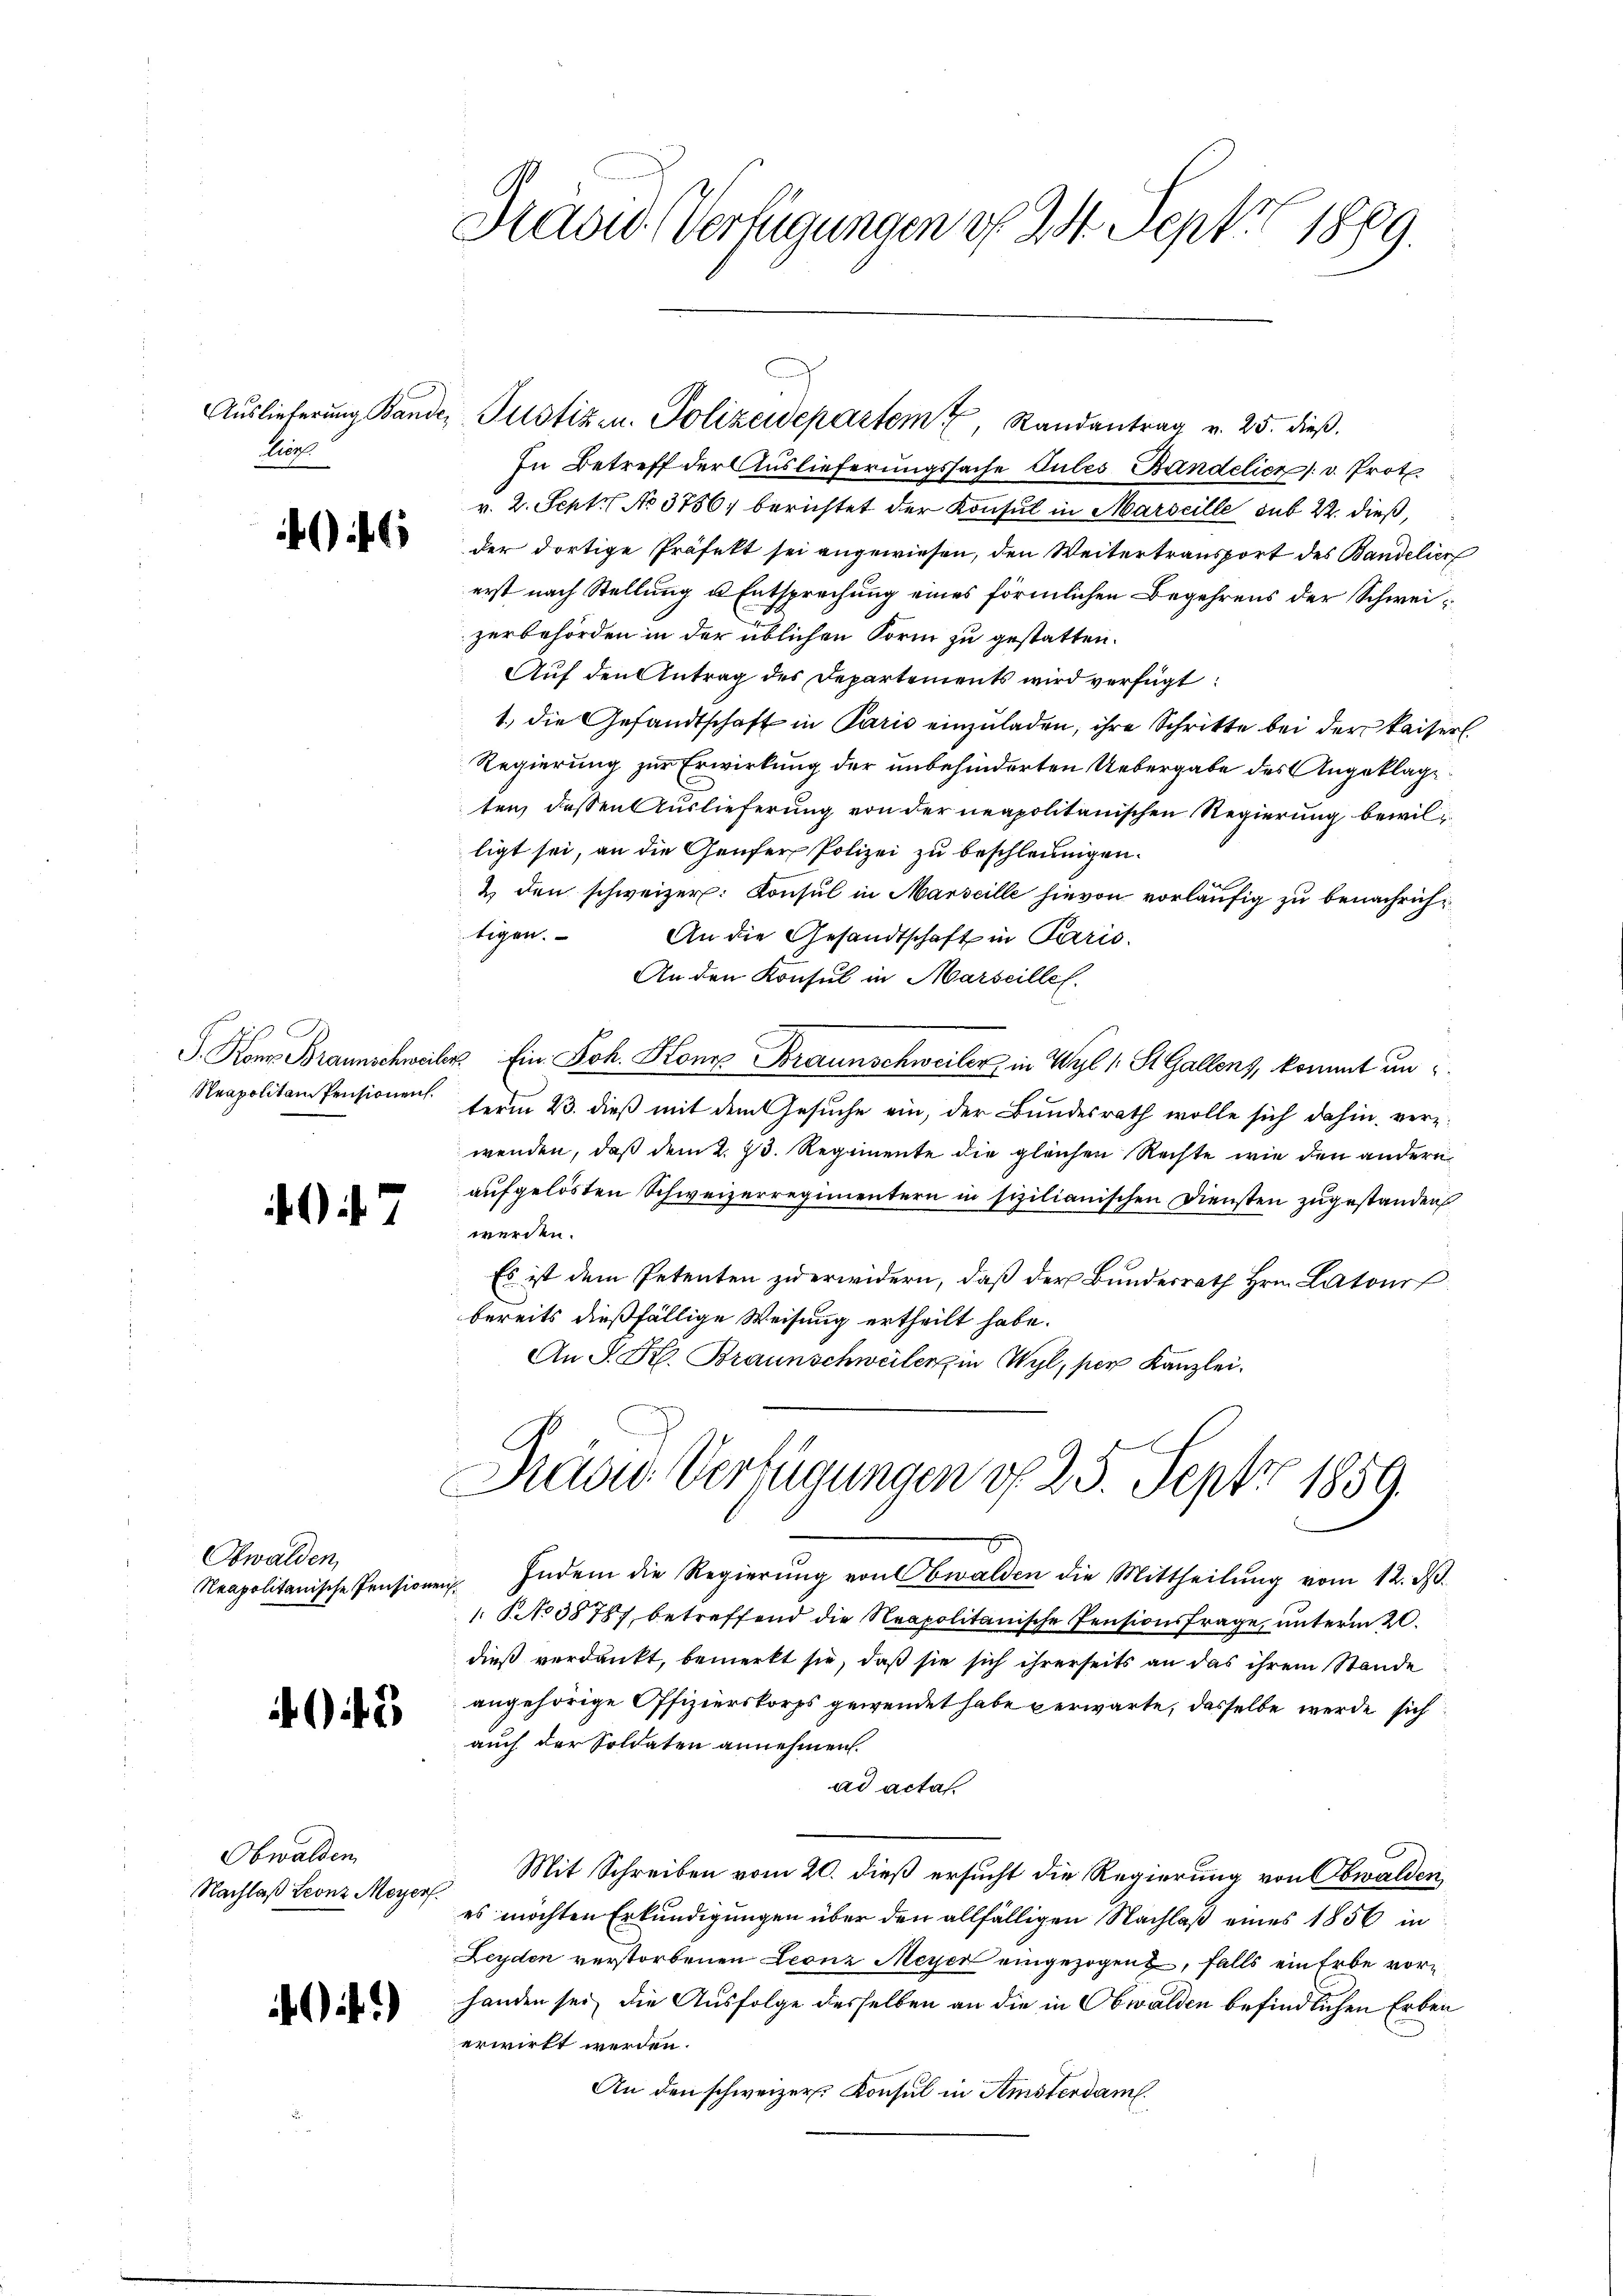
Ziegl

6

S. Konr. Braunschwei
Neapolitain Pensionen.

7

Obwalden,

45

Obwalden
Nachlaß Leonz Meyerf.

)

Dravid (Verfügungen v. 24. Sept. 1889.

In Betreff der Auslieferungssache Gutes Bandelich v. Prot
v. 2. Sept No 3756. berichtet der Konsul in Marseille sub 22. dieß,
der dortige Präfekt sei angewiesen, den Weitertransport des Bandelier
erst nach Stellung u. Entsprechung eines förmlichen Begehrens der Schweizerbehörden in der üblichen Form zu gestatten.
Auf den Antrag des Departements wird verfügt:
1., die Gesandtschaft in Paris einzuladen, ihre Schritte bei der Kaiserl.
Regierung zur Erwirkung der unbehinderten Uebergabe des Angeklage
ten, dessen Auslieferung von der neapolitanischen Regierung bewilligt sei, an die Genfer Polizei zu beschleunigen.
2 den schweizer: Konsul in Marseille hievon vorläufig zu benachrichtigen.
An die Gesandtschaft in Paris.
An den Konsul in Marseille.
bes. Ein Joh. Konz Braunschweiler in Wyl 1 St. Gallens, kommt un
term 23. dieß mit dem Gesuche ein, der Bundesrath wolle sich dahin verz
wenden, daß dem 2. 23. Regimente die gleichen Rechte wie den andern
aufgelösten Schweizerregimentern in sizilianischen Diensten zugestanden
werden.
Es ist dem Petenten zu erwidern, daß der Bundesrath Hrn. Laton
bereits dießfällige Weisung ertheilt habe.
An S. R. Braunschweiler in Wyl, per Kanzlei.

.
Aŭslieferŭng Bande Justiz- u. Polizeidepartem Randantrag v. 25. dieβ.

Rasi Verfügungen d. 25. Sept 1859.

Neapolitanische Pensionen. Indem die Regierŭng von Ewalden die Mittheilŭng vom 12. ds.
1 No 38787, betreffend die Neapolitanische Pensionsfrage, unterm 20.
dieß verdankt, bemerkt sie, daß sie sich ihrerseits an das ihrem Stande
angehörige Offizierskorps gewendet habe verwarte, dasselbe werde sich
auch der Soldaten annehmen.
ad acta.
Mit Schreiben vom 20. dieß ersucht die Regierung von Obwalden
es möchten Erkundigungen über den allfälligen Nachlaß eines 1856 in
Leyden verstorbenen Leonz Meyer eingezogen, falls ein Erbe vorhanden sei, die Ausfolge desselben an die in Obwalden befindlichen Erben
erwirkt werden.
An den schweizer Konsul in Amsterdam.